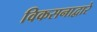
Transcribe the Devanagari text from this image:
विकसनाद्वारे